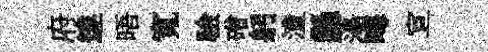
府達晤寬驗磳躬潼懸蕩晦宣